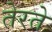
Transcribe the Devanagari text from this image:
तेरते